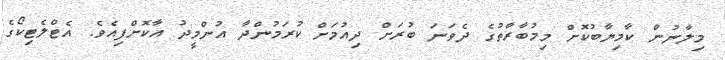
މިލާނުން ކާމިޔާބުކޮށް މިމުބާރާތުގެ ދެވަނަ ބުރަށް ދިއުމަށް ކުރަމުންދާ އުންމީދު އާކޮށްފިއެވެ. އެޓްލެޓިކޯގެ